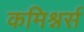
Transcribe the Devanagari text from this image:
कमिश्नर्स